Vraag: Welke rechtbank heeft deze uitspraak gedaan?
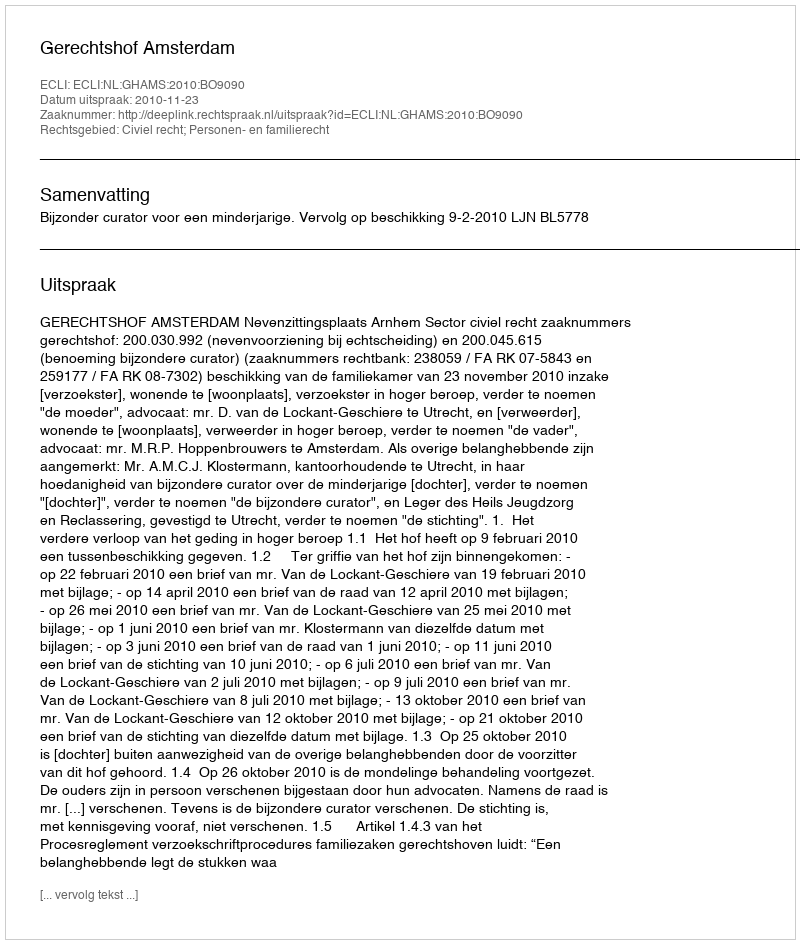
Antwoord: Gerechtshof Amsterdam